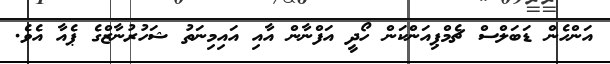
އަންހެން ޑަބަލްސް ޗެމްޕިއަންކަން ހޯދީ އަފްނާން އާއި އައިމިނަތު ޝަހުރުނާޒްގެ ޕެއާ އެވެ.